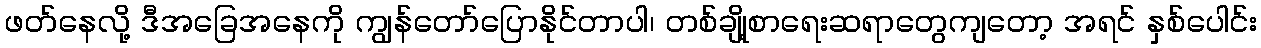
ဖတ်နေလို့ ဒီအခြေအနေကို ကျွန်တော်ပြောနိုင်တာပါ၊ တစ်ချို့စာရေးဆရာတွေကျတော့ အရင် နှစ်ပေါင်း